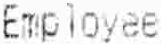
EMPLOYEE